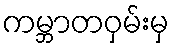
ကမ္ဘာတဝှမ်းမှ